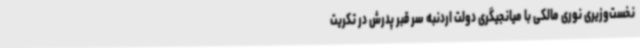
نخست‌وزیری نوری مالکی با میانجیگری دولت اردنبه سر قبر پدرش در تکریت